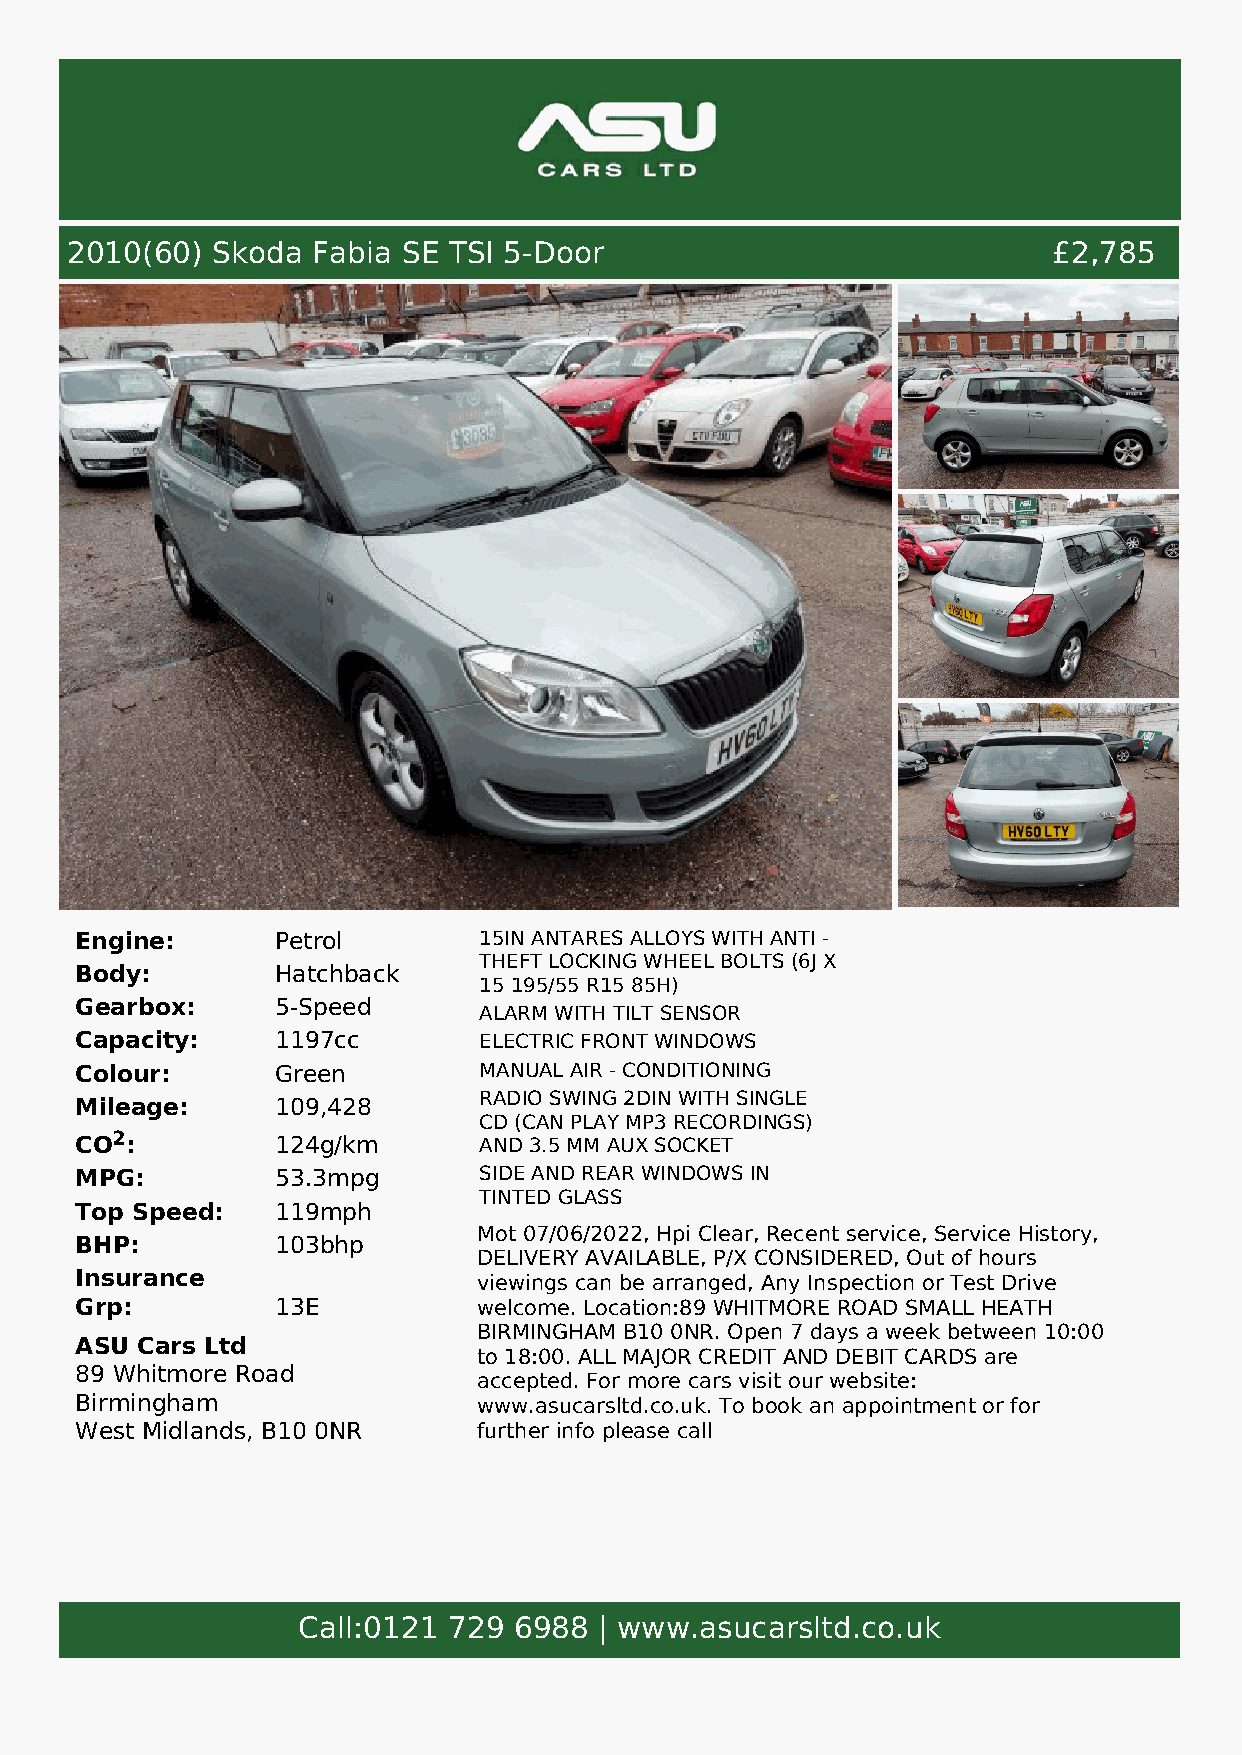
2010(60)  Skoda  Fabia SE TSI 5-Door                              £2,785
 Engine:      Petrol        15IN ANTARES ALLOYS WITH ANTI -
 THEFT LOCKING WHEEL BOLTS (6J X
 Body:        Hatchback
 15 195/55 R15 85H)
 Gearbox:     5-Speed
 ALARM WITH TILT SENSOR
 Capacity:    1197cc        ELECTRIC FRONT WINDOWS
 Colour:      Green         MANUAL AIR - CONDITIONING
 RADIO SWING 2DIN WITH SINGLE
 Mileage:     109,428
 CD (CAN PLAY MP3 RECORDINGS)
 CO2:         124g/km       AND 3.5 MM AUX SOCKET
 MPG:         53.3mpg       SIDE AND REAR WINDOWS IN
 TINTED GLASS
 Top Speed:   119mph
 Mot 07/06/2022, Hpi Clear, Recent service, Service History,
 BHP:         103bhp
 DELIVERY AVAILABLE, P/X CONSIDERED, Out of hours
 Insurance                  viewings can be arranged, Any Inspection or Test Drive
 Grp:         13E           welcome. Location:89 WHITMORE ROAD SMALL HEATH
 BIRMINGHAM B10 0NR. Open 7 days a week between 10:00
 ASU Cars Ltd
 to 18:00. ALL MAJOR CREDIT AND DEBIT CARDS are
 89 Whitmore Road
 accepted. For more cars visit our website:
 Birmingham                 www.asucarsltd.co.uk. To book an appointment or for
 West Midlands, B10 0NR     further info please call
 Call:0121 729 6988  | www.asucarsltd.co.uk